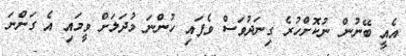
އެއީ ބޭނުން ނުކޮށްހުރެ ގިނަދުވަސް ވެފައި ހުންނަ މުދަލަށް ވީމައި އެ ގަންނަ